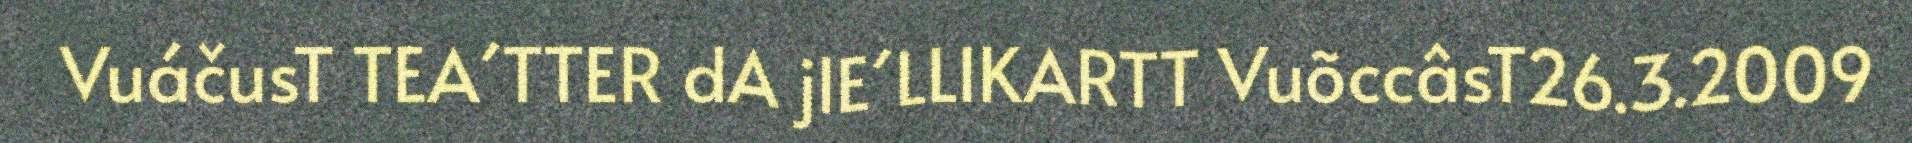
VuáčusT TEA´TTER dA jIE´LLIKARTT VuõccâsT26.3.2009